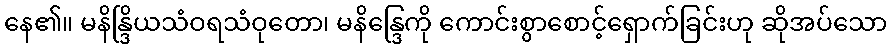
နေ၏။ မနိန္ဒြိယသံဝရသံဝုတော၊ မနိန္ဒြေကို ကောင်းစွာစောင့်ရှောက်ခြင်းဟု ဆိုအပ်သော